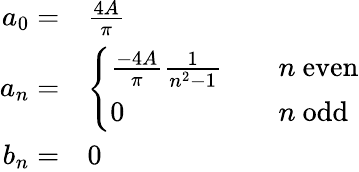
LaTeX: \begin{array}{rl}{a_{0}=}&{{}{\frac{4A}{\pi}}}\\ {a_{n}=}&{{}{\left\{ \begin{array}{ll}{{\frac{-4A}{\pi}}{\frac{1}{n^{2}-1}}}&{\quad n{\mathrm{~even}}}\\ {0}&{\quad n{\mathrm{~odd}}}\end{array}\right.}}\\ {b_{n}=}&{{}0}\end{array}